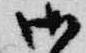
御